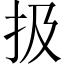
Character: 扱